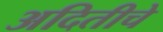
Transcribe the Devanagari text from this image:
अदितीचे